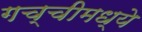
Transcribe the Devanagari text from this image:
गच्चीमध्ये